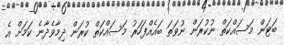
ބަޓަން މަސައްކަތް ނުކުރަން ނުވަތަ ބައެއްފަހަރު މަސައްކަތް ކުރަން ދިމާވެދާނެ ކަމަށް އެ